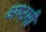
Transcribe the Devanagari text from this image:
अष्‍टमी